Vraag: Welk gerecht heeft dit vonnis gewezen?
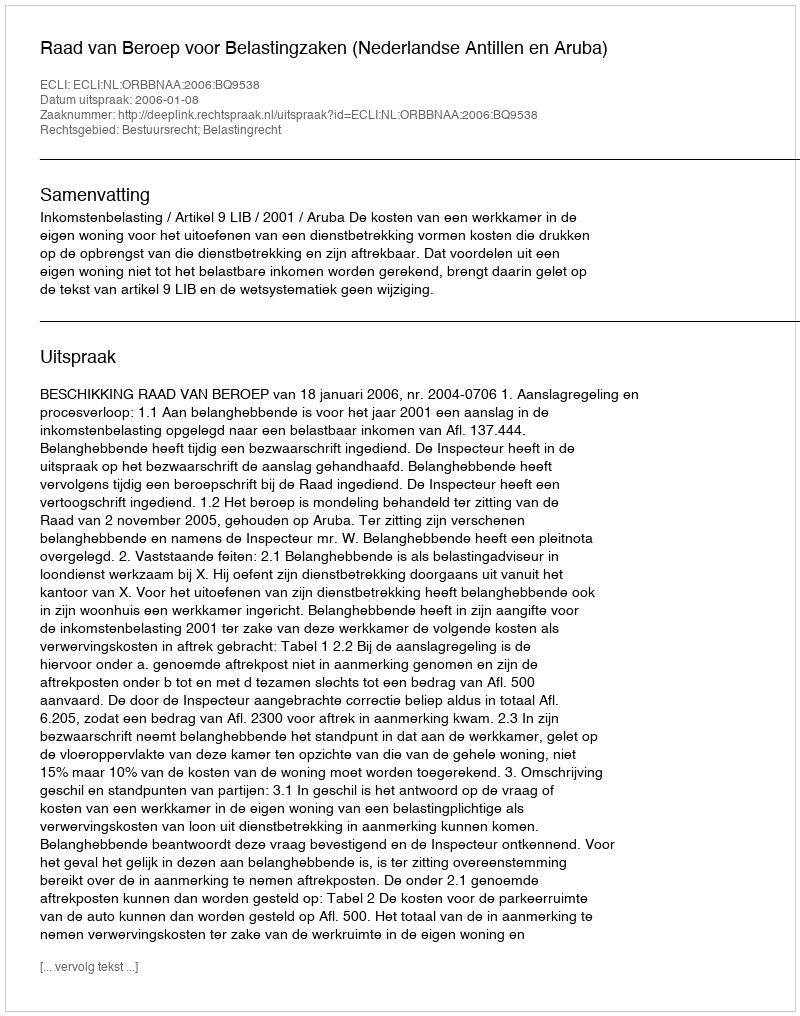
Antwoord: Raad van Beroep voor Belastingzaken (Nederlandse Antillen en Aruba)